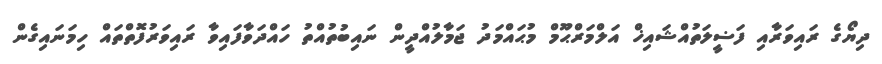
ދިޔޯގެ ރައިވަރާއި ފަޟީލަތުއްޝައިޚް އަލްމަރްޙޫމް މުޙައްމަދު ޖަމާލުއްދީން ނައިބުތުއްތު ހައްދަވާފައިވާ ރައިވަރުފޮތްތައް ހިމަނައިގެން